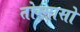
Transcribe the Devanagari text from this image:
तोम्मासो